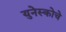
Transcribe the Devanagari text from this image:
युनेस्‍कोचे